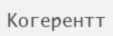
Когерентт